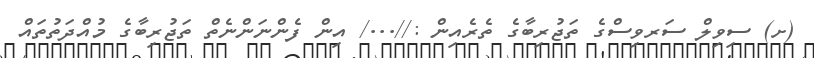
(ށ) ސިވިލް ސަރވިސްގެ ތަޖުރިބާގެ ތެރެއިން ://.../ އިން ފެންނަންނެތް ތަޖުރިބާގެ މުއްދަތުތައް